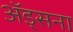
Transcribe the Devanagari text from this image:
अॅड्सना